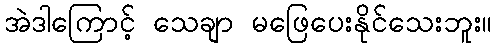
အဲဒါကြောင့် သေချာ မဖြေပေးနိုင်သေးဘူး။